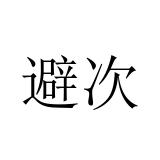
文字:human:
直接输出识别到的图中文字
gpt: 避次